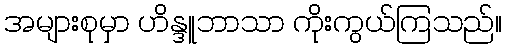
အများစုမှာ ဟိန္ဒူဘာသာ ကိုးကွယ်ကြသည်။